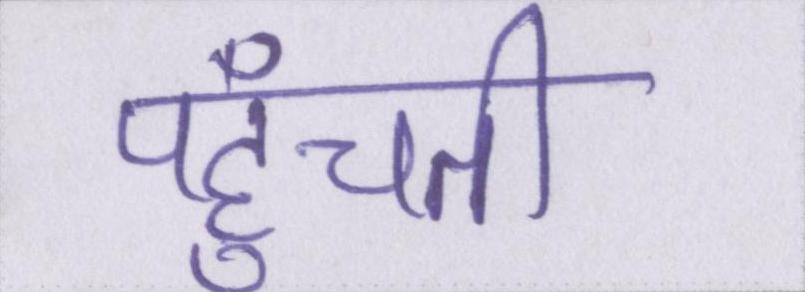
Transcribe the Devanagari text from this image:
पहुँचती